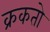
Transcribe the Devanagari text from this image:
क्रकतो